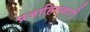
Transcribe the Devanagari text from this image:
प्रजाहितकारी